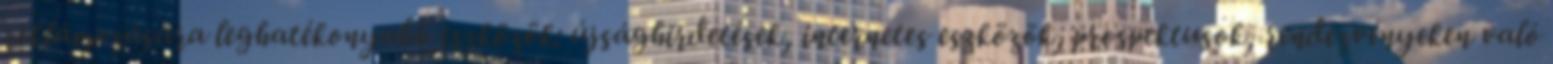
reklámozására leghatékonyabb eszközök: újsághirdetések, internetes eszközök, prospektusok, rendezvényeken való